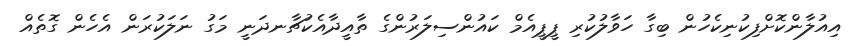
އިއުލާންކޮށްފިކުނިކެހުން ބިގާ ހަވާލުކުރި ޕީޕީއެމް ކައުންސިލަރުންގެ ތާއީދާއެކުޗާނދަނީ މަގު ނަލަކުރަން އެހެން ގޮތެއް